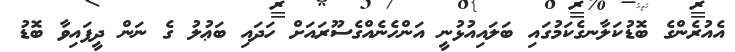
އެއުރެންގެ ބޮޑުކަލާނގެކަމުގައި ބަލައިއުޅުނީ އަންހެނެއްގެސޫރައަށް ހަދައި ބަޢުލު ގެ ނަން ދީފައިވާ ބޮޑު